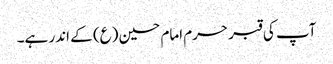
آپ کی قبر حرم امام حسین (ع) کے اندر ہے۔